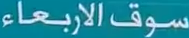
سوقالاربعاء